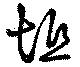
坻